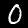
Label: 0